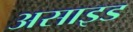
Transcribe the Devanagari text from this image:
असाइड